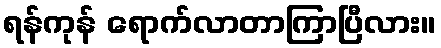
ရန်ကုန် ရောက်လာတာကြာပြီလား။